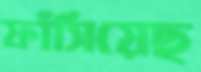
ফাঁসিয়েছ